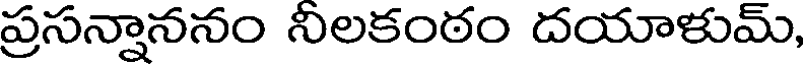
ప్రసన్నాననం నీలకంఠం దయాళుమ్,